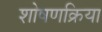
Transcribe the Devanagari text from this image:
शोषणक्रिया